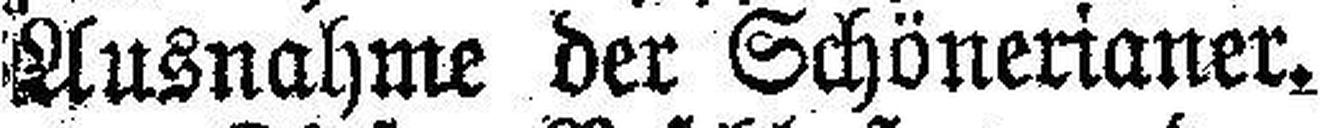
Ausnahme der Schönerianer.